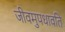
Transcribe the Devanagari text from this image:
जीवमुपधावति